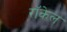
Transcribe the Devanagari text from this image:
राॅकेल